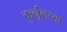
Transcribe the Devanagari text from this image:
कुर्नूलच्या